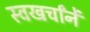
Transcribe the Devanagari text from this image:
स्वखर्चांनें